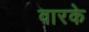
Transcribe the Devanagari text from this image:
वारके